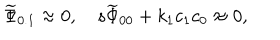
LaTeX: { \widetilde \Phi } _ { 0 . 1 } \approx 0 , \quad s { \widetilde \Phi } _ { 0 0 } + k _ { 1 } c _ { 1 } c _ { 0 } \approx 0 ,